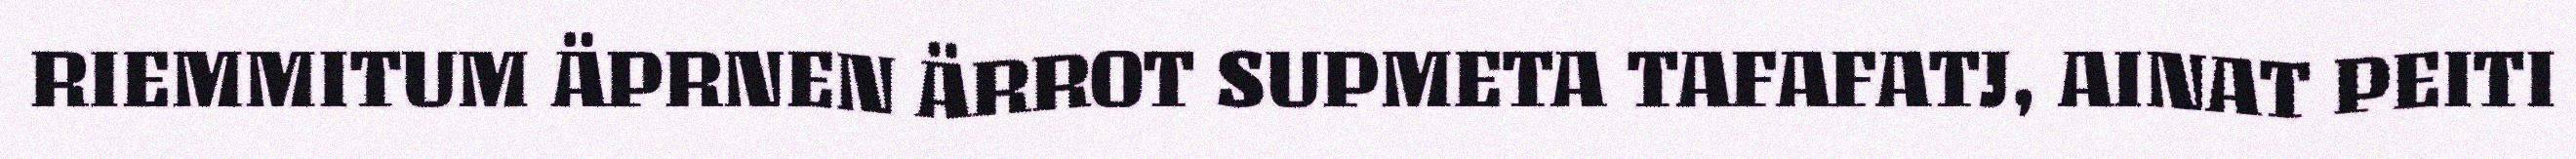
RIEMMITUM ÄPRNEN ÄRROT SUPMETA TAFAFATJ, AINAT PEITI